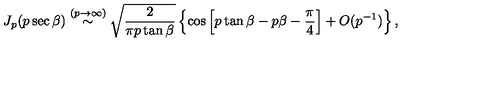
J _ { p } ( p \sec \beta ) \stackrel { ( p \rightarrow \infty ) } { \sim } \sqrt { \frac { 2 } { \pi p \tan \beta } } \left\{ \cos \left[ p \tan \beta - p \beta - \frac { \pi } { 4 } \right] + O ( p ^ { - 1 } ) \right\} ,